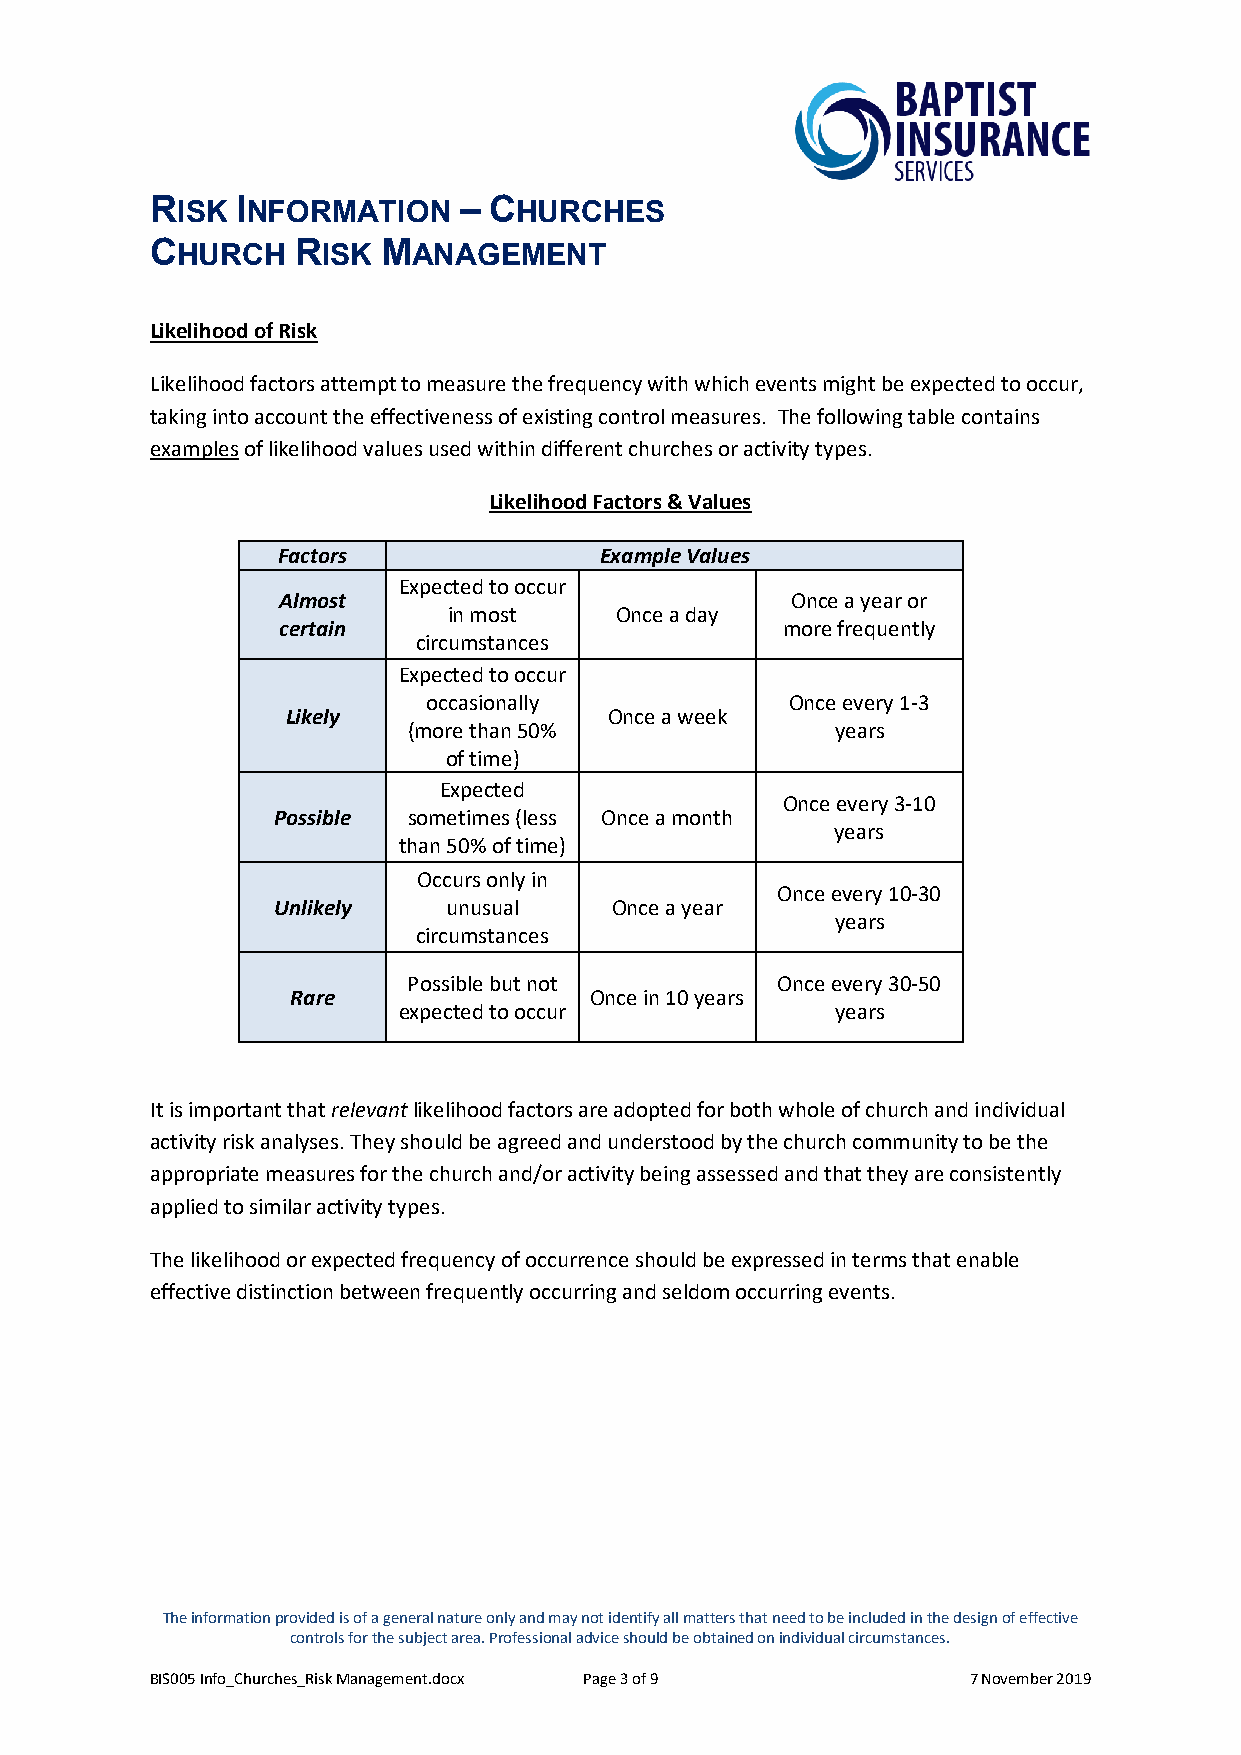
RISK  INFORMATION   – CHURCHES
 CHURCH   RISK  MANAGEMENT
 Likelihood of Risk
 Likelihood factors attempt to measure the frequency with which events might be expected to occur,
 taking into account the effectiveness of existing control measures. The following table contains
 examples of likelihood values used within different churches or activity types.
 Likelihood Factors & Values
 Factors               Example Values
 Expected to occur
 Almost                            Once a year or
 in most    Once a day
 certain                           more frequently
 circumstances
 Expected to occur
 occasionally            Once every 1-3
 Likely               Once a week
 (more than 50%              years
 of time)
 Expected
 Once every 3-10
 Possible sometimes (less Once a month
 years
 than 50% of time)
 Occurs only in
 Once every 10-30
 Unlikely   unusual    Once a year
 years
 circumstances
 Possible but not        Once every 30-50
 Rare                Once in 10 years
 expected to occur            years
 It is important that relevant likelihood factors are adopted for both whole of church and individual
 activity risk analyses. They should be agreed and understood by the church community to be the
 appropriate measures for the church and/or activity being assessed and that they are consistently
 applied to similar activity types.
 The likelihood or expected frequency of occurrence should be expressed in terms that enable
 effective distinction between frequently occurring and seldom occurring events.
 The information provided is of a general nature only and may not identify all matters that need to be included in the design of effective
 controls for the subject area. Professional advice should be obtained on individual circumstances.
 BIS005 Info_Churches_Risk Management.docx Page 3 of 9 7 November 2019